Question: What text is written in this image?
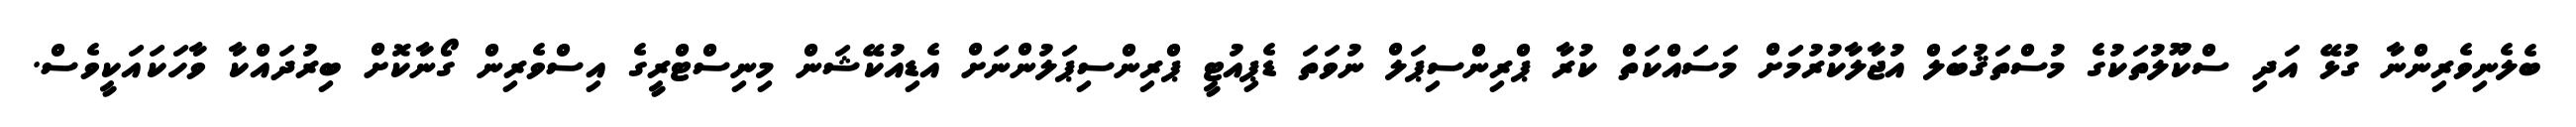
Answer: ބެލެނިވެރިންނާ ގުޅޭ އަދި ސްކޫލުތަކުގެ މުސްތަޤުބަލް އުޖާލާކުރުމަށް މަސައްކަތް ކުރާ ޕްރިންސިޕަލް ނުވަތަ ޑެޕިއުޓީ ޕްރިންސިޕަލުންނަށް އެޑިއުކޭޝަން މިނިސްޓްރީގެ އިސްވެރިން ގޯނާކޮށް ބިރުދައްކާ ވާހަކައަކީވެސް.